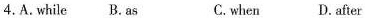
4.A. while B. as C.when D.after